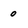
Character: o